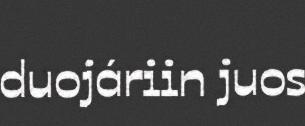
duojáriin juos